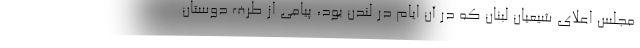
مجلس اعلای شیعیان لبنان که در آن ایام در لندن بود، پیامی از طرف دوستان